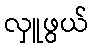
လှူဖွယ်